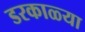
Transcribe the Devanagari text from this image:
डरकाळ्या